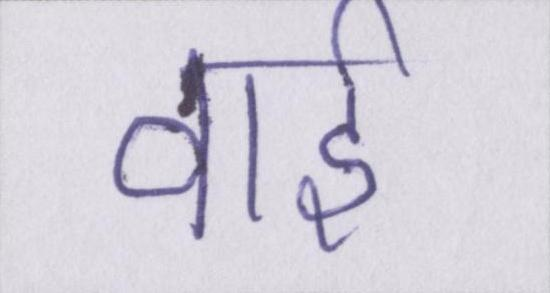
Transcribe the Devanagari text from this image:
वार्ड